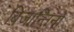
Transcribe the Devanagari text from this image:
बिजान्तिनों